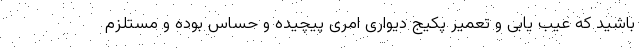
باشید که عیب یابی و تعمیر پکیج دیواری امری پیچیده و حساس بوده و مستلزم